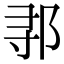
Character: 𬩽